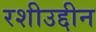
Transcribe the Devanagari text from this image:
रशीउद्दीन